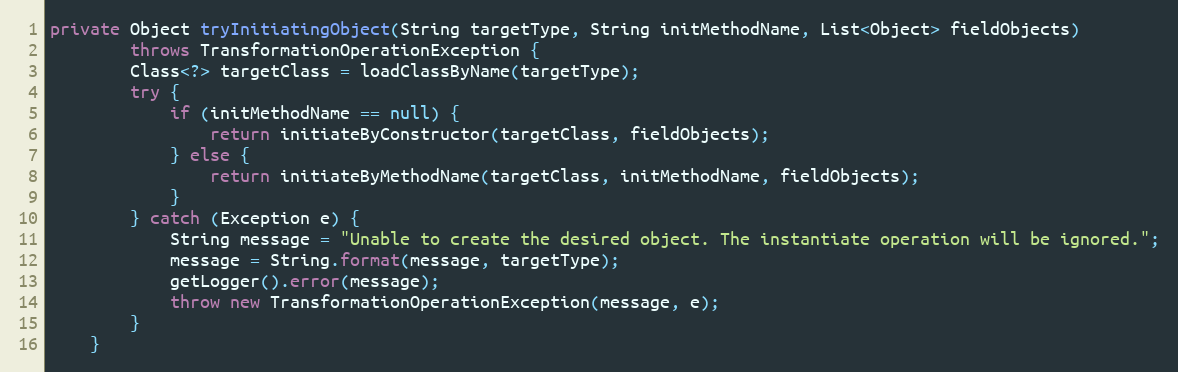
Language: Java
private Object tryInitiatingObject(String targetType, String initMethodName, List<Object> fieldObjects)
        throws TransformationOperationException {
        Class<?> targetClass = loadClassByName(targetType);
        try {
            if (initMethodName == null) {
                return initiateByConstructor(targetClass, fieldObjects);
            } else {
                return initiateByMethodName(targetClass, initMethodName, fieldObjects);
            }
        } catch (Exception e) {
            String message = "Unable to create the desired object. The instantiate operation will be ignored.";
            message = String.format(message, targetType);
            getLogger().error(message);
            throw new TransformationOperationException(message, e);
        }
    }